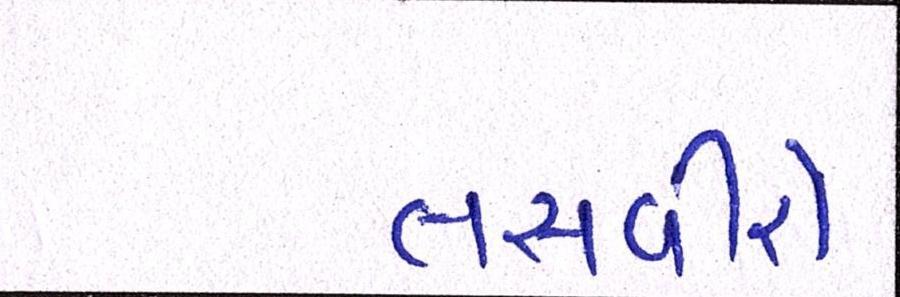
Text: તસવીરો